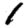
Digit: 1